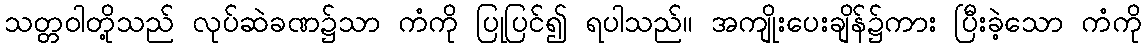
သတ္တဝါတို့သည် လုပ်ဆဲခဏ၌သာ ကံကို ပြုပြင်၍ ရပါသည်။ အကျိုးပေးချိန်၌ကား ပြီးခဲ့သော ကံကို